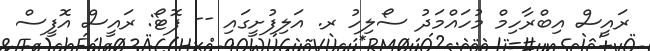
ރައީސް އިބްރާހިމް މުހައްމަދު ސޯލިހު ރ. އަލިފުށީގައި -- ފޮޓޯ: ރައީސް އޮފީސް